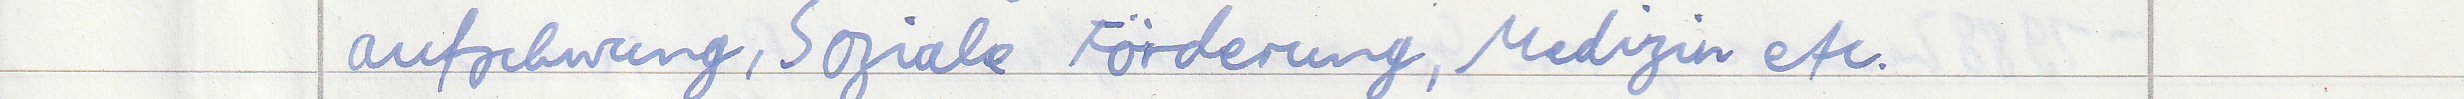
aufschwung, Soziale Förderung, Medizin etc.